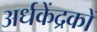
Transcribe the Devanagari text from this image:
अर्धकेंद्रकों